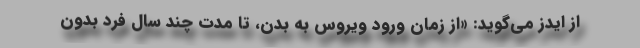
از ایدز می‌گوید: «از زمان ورود ویروس به بدن، تا مدت چند سال فرد بدون